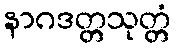
နာဂဒတ္တသုတ္တံ